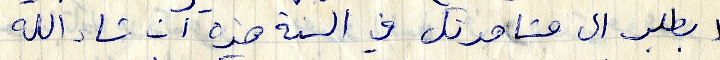
لا يطلب الى مشاهدتك والسنة هذه ان شاء الله